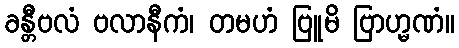
ခန္တီဗလံ ဗလာနီကံ၊ တမဟံ ဗြူမိ ဗြာဟ္မဏံ။